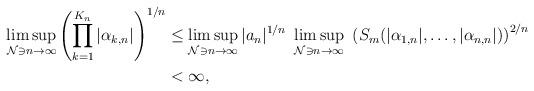
LaTeX: \begin{align*}\limsup_{{\mathcal N}\ni n\to\infty} \left(\prod_{k=1}^{K_n} |\alpha_{k,n}| \right)^{1/n} &\le \limsup_{{\mathcal N}\ni n\to\infty} |a_n|^{1/n}\ \limsup_{{\mathcal N}\ni n\to\infty} \ \left(S_m(|\alpha_{1,n}|,\ldots,|\alpha_{n,n}|)\right)^{2/n} \\ &< \infty,\end{align*}